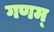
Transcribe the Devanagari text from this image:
गणम्